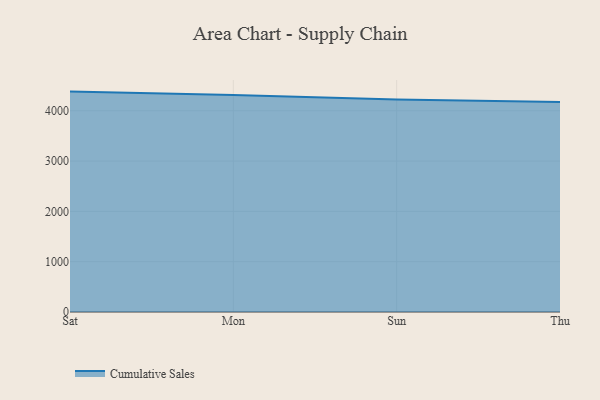
{"axis": {"x": "Day", "y": "Revenue (USD Million)"}, "legend": ["Cumulative Sales"], "data": [{"x": "Sat", "y": 4380.8, "type": "Cumulative Sales"}, {"x": "Mon", "y": 4313.7, "type": "Cumulative Sales"}, {"x": "Sun", "y": 4224.8, "type": "Cumulative Sales"}, {"x": "Thu", "y": 4174.7, "type": "Cumulative Sales"}]}